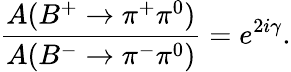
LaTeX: \frac{A(B^{+}\to\pi^{+}\pi^{0})}{A(B^{-}\to\pi^{-}\pi^{0})}=e^{2i\gamma}.